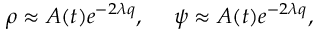
\rho \approx A ( t ) e ^ { - 2 \lambda q } , ~ ~ ~ ~ \psi \approx A ( t ) e ^ { - 2 \lambda q } ,